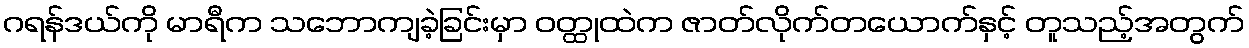
ဂရန်ဒယ်ကို မာရီက သဘောကျခဲ့ခြင်းမှာ ဝတ္ထုထဲက ဇာတ်လိုက်တယောက်နှင့် တူသည့်အတွက်